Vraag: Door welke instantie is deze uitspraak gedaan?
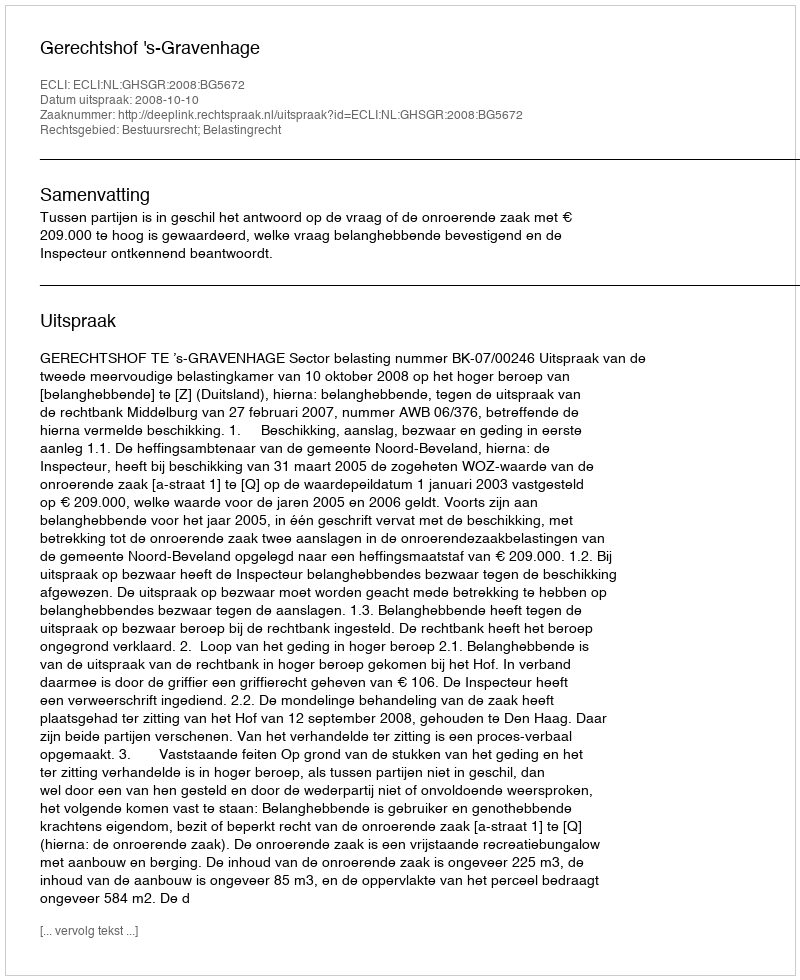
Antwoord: Gerechtshof 's-Gravenhage